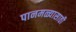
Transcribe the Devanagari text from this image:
पानमळ्यासाठी